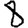
Digit: 8